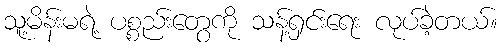
သူ့မိန်းမရဲ့ ပစ္စည်းတွေကို သန့်ရှင်းရေး လုပ်ခဲ့တယ်။